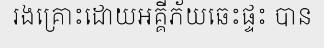
រងគ្រោះដោយអគ្គីភ័យឆេះផ្ទះ បាន